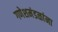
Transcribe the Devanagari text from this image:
गणेशमंडळांना